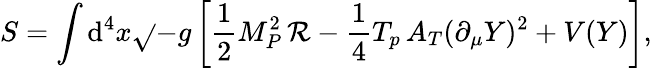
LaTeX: S=\int{\mathrm{d}^{4}x\sqrt{}{{-g}}\left[\frac{{1}}{{2}}M_{P}^{2}\, \mathcal{{R}}-\frac{{1}}{{4}}T_{p}\, A_{T}(\partial_{\mu}Y)^{2}+V(Y)\right]},